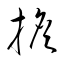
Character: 擔